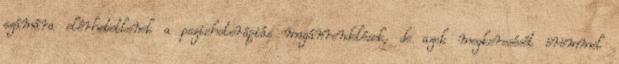
számára elérhetetlenek a pszichoterápiás magánrendelések, de azok megkeresését örömmel